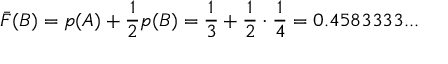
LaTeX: { \bar { F } } ( B ) = p ( A ) + { \frac { 1 } { 2 } } p ( B ) = { \frac { 1 } { 3 } } + { \frac { 1 } { 2 } } \cdot { \frac { 1 } { 4 } } = 0 . 4 5 8 3 3 3 3 . . .